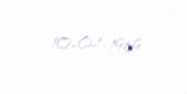
10-04-1969